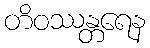
တိဝဿန္တရေန